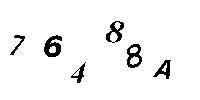
76488A